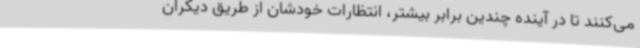
می‌کنند تا در آینده چندین برابر بیشتر، انتظارات خودشان از طریق دیگران